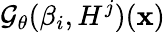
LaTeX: \mathcal{G}_{\theta}(\beta_{i},H^{j})(\mathbf{x})